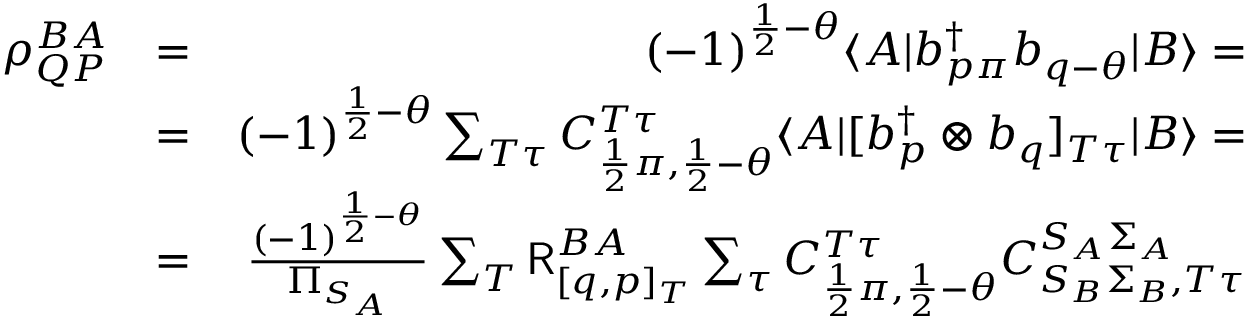
\begin{array} { r l r } { \rho _ { Q P } ^ { B A } } & { = } & { ( - 1 ) ^ { \frac { 1 } { 2 } - \theta } \langle A | b _ { p \pi } ^ { \dagger } b _ { q - \theta } | B \rangle = } \\ & { = } & { ( - 1 ) ^ { \frac { 1 } { 2 } - \theta } \sum _ { T \tau } C _ { \frac { 1 } { 2 } \pi , \frac { 1 } { 2 } - \theta } ^ { T \tau } \langle A | [ b _ { p } ^ { \dagger } \otimes b _ { q } ] _ { T \tau } | B \rangle = } \\ & { = } & { \frac { ( - 1 ) ^ { \frac { 1 } { 2 } - \theta } } { \Pi _ { S _ { A } } } \sum _ { T } \mathsf { R } _ { [ q , p ] _ { T } } ^ { B A } \sum _ { \tau } C _ { \frac { 1 } { 2 } \pi , \frac { 1 } { 2 } - \theta } ^ { T \tau } C _ { S _ { B } \Sigma _ { B } , T \tau } ^ { S _ { A } \Sigma _ { A } } } \end{array}